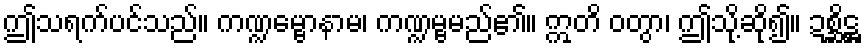
ဤသရက်ပင်သည်။ ကဏ္ဍမ္ဗောနာမ၊ ကဏ္ဍမ္ဗမည်၏။ ဣတိ ဝတွာ၊ ဤသို့ဆို၍။ ဍစ္ဆိဋ္ဌ